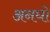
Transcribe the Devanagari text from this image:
अनघो